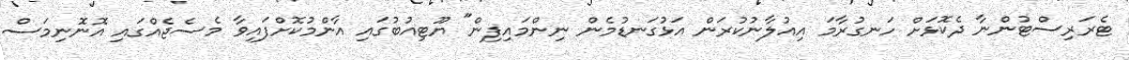
ޓެރަރިސްޓުންނާ ދެކޮޅަށް ހަނގުރާމަ އިއުލާނުކުރަން އަޅުގަނޑުމެން ނިންމައިފިން" ޔޫޓިއުބުގައި އާންމުކޮށްފައިވާ މެސެޖެއްގައި އޮނޮނިމަސް